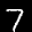
Label: 7